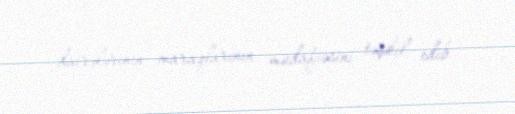
dairələrinin maraqlarının müdafiəsini təşkil edib.